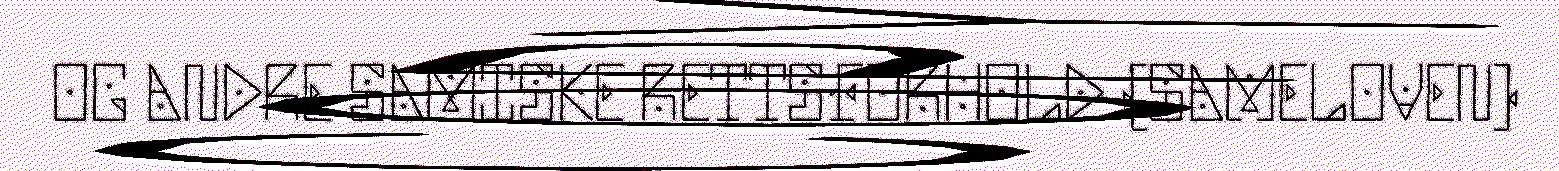
OG ANDRE SAMISKE RETTSFORHOLD (SAMELOVEN)